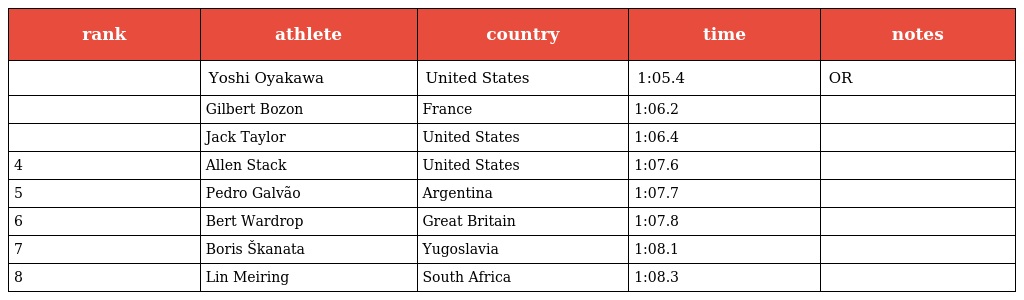
| rank | athlete | country | time | notes |
 | --- | --- | --- | --- | --- |
 |  | Yoshi Oyakawa | United States | 1:05.4 | OR |
 |  | Gilbert Bozon | France | 1:06.2 |  |
 |  | Jack Taylor | United States | 1:06.4 |  |
 | 4 | Allen Stack | United States | 1:07.6 |  |
 | 5 | Pedro Galvão | Argentina | 1:07.7 |  |
 | 6 | Bert Wardrop | Great Britain | 1:07.8 |  |
 | 7 | Boris Škanata | Yugoslavia | 1:08.1 |  |
 | 8 | Lin Meiring | South Africa | 1:08.3 |  |